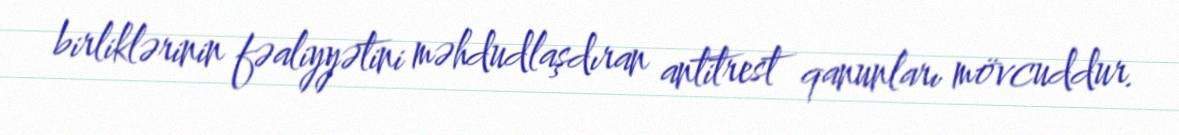
birliklərinin fəaliyyətini məhdudlaşdıran antitrest qanunları mövcuddur.